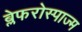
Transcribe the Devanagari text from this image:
ब्लेफरोस्पाज्म